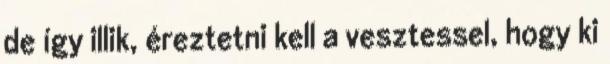
de így illik, éreztetni kell a vesztessel, hogy ki